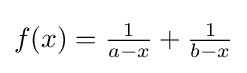
{\textstyle f(x)={\frac {1}{a-x}}+{\frac {1}{b-x}}}